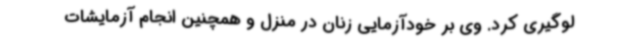
لوگیری کرد. وی بر خودآزمایی زنان در منزل و همچنین انجام آزمایشات